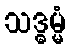
သဒ္ဓမ္မံ